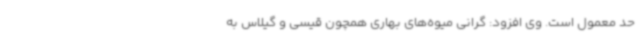
حد معمول است. وی افزود: گرانی میوه‌های بهاری همچون قیسی و گیلاس به